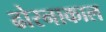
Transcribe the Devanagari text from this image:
ढोरनाकाल